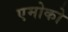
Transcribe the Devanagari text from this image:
एमोको